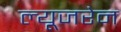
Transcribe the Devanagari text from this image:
ल्यूजरेन